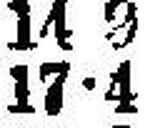
17•4